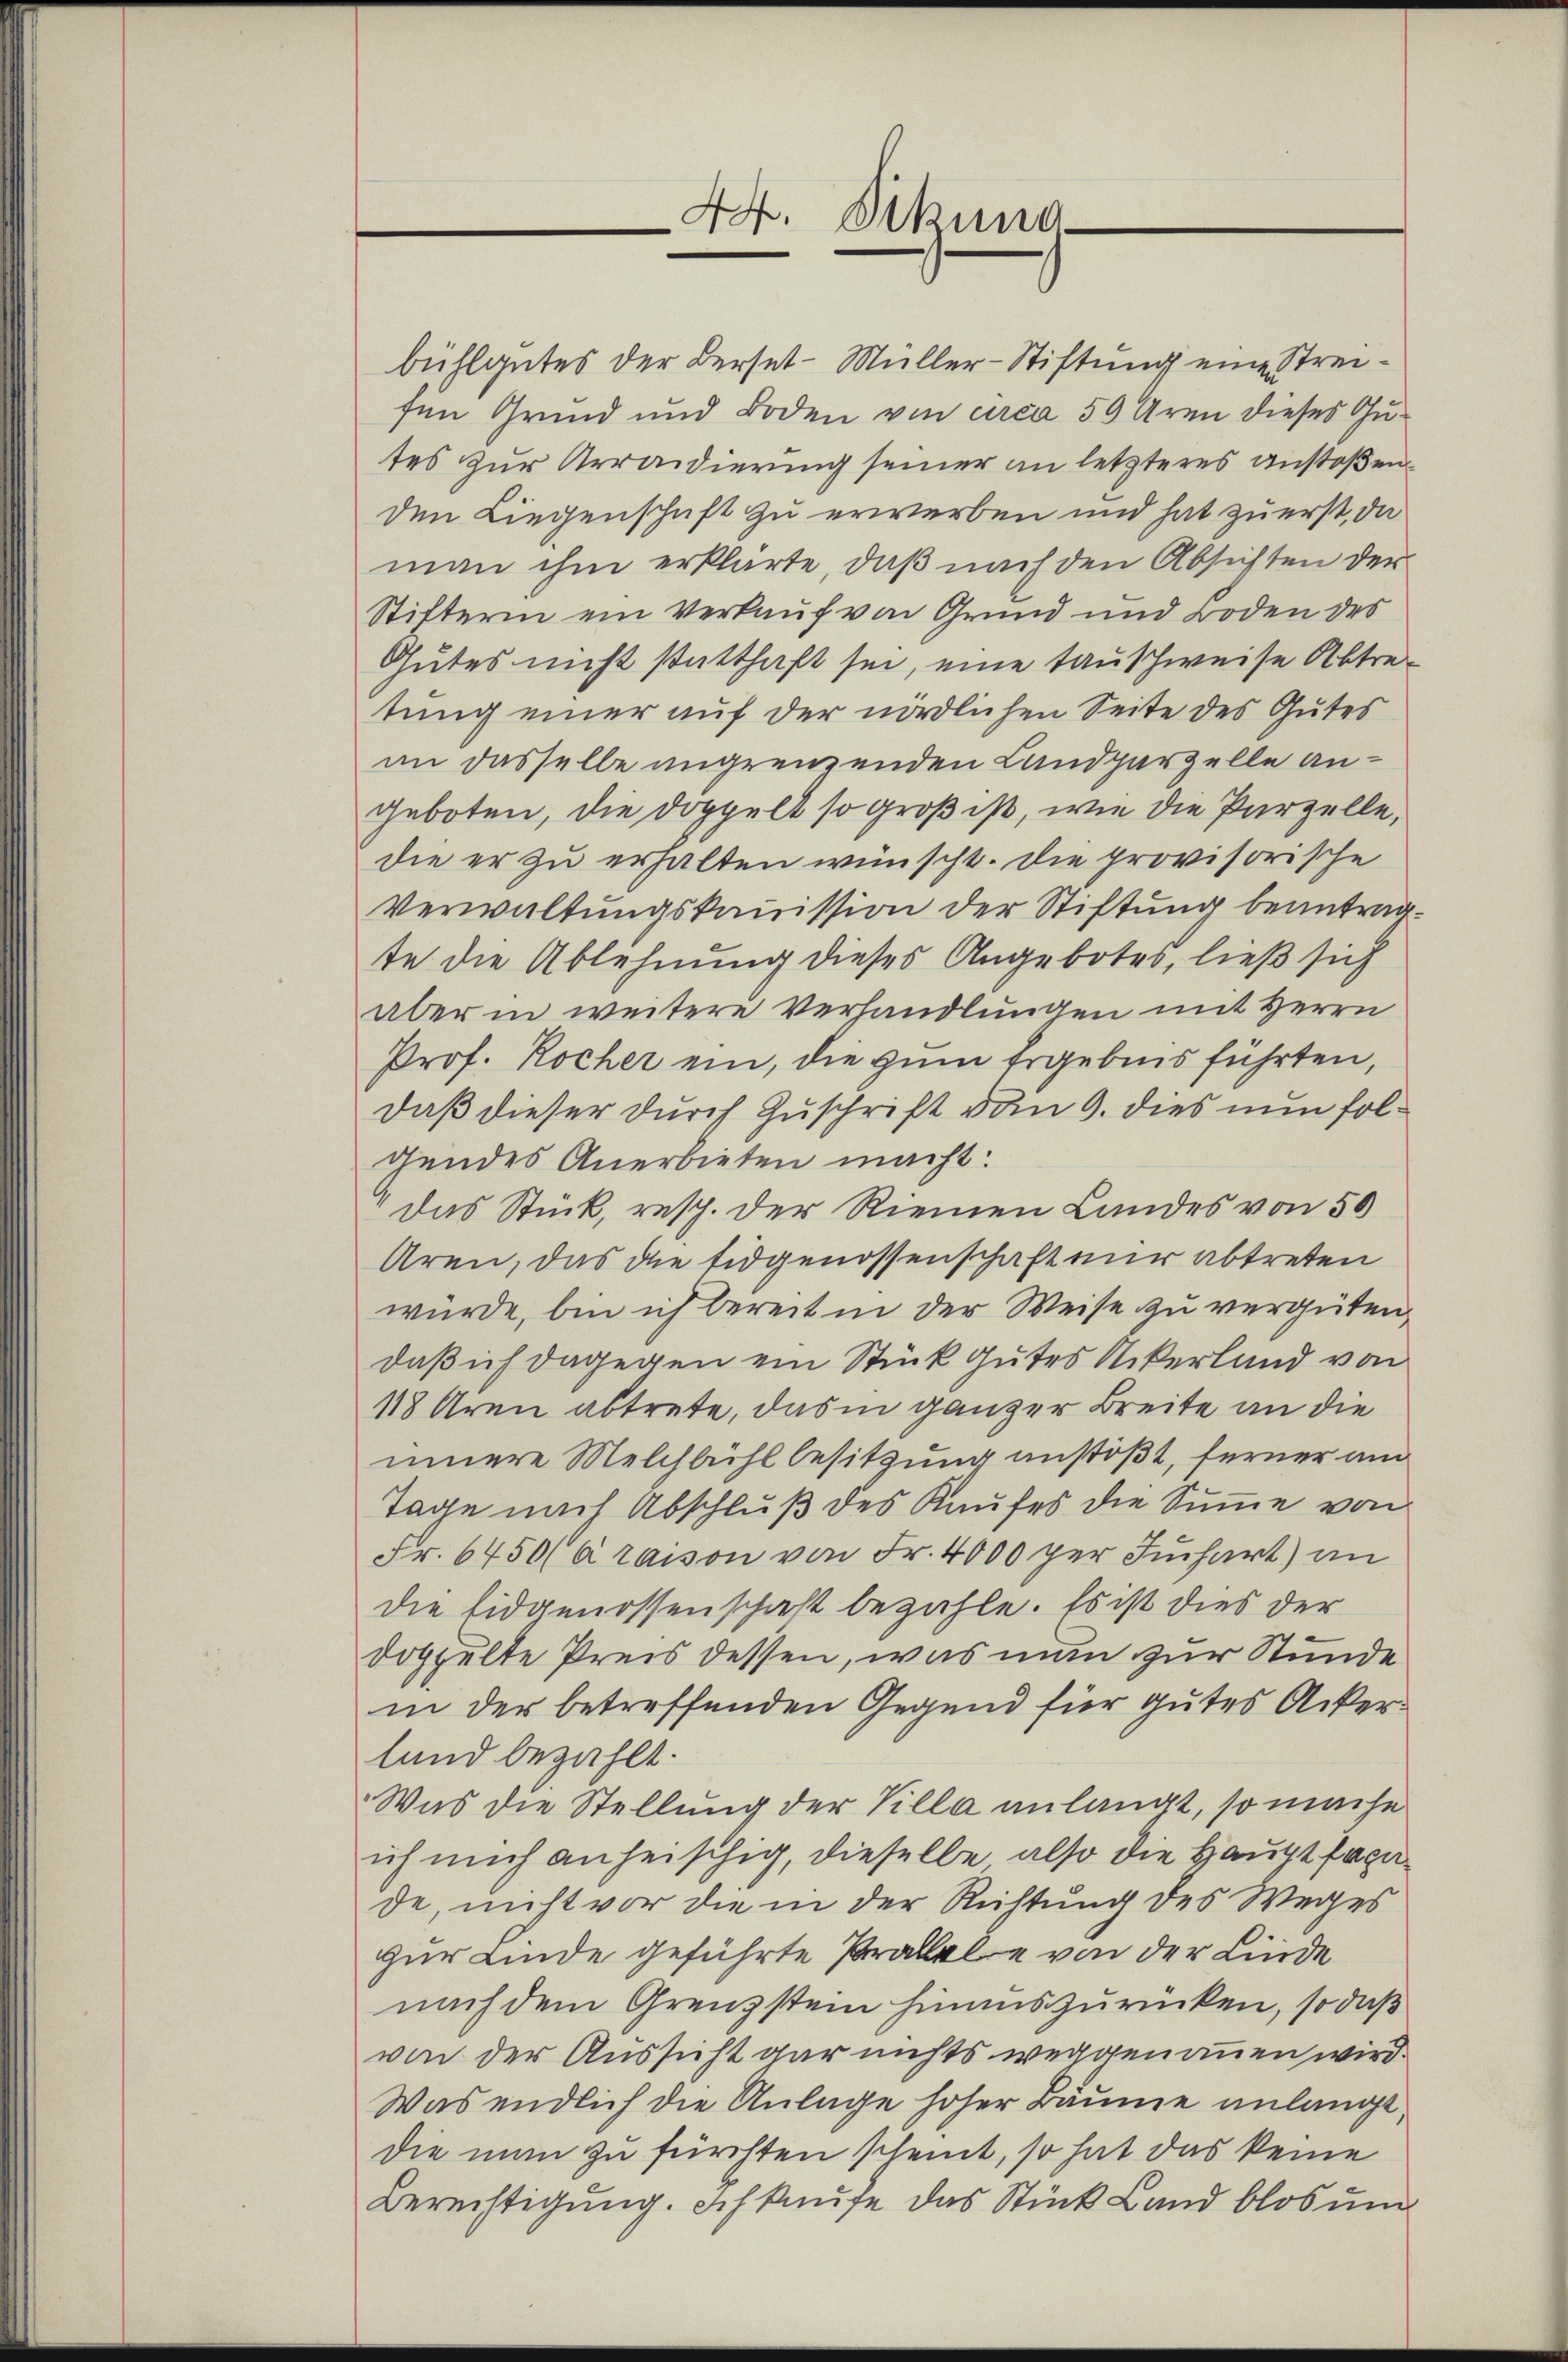
4. Dikuna

bühlgutes der Verset-Müller-Stiftung eine Streifen Grund und Boden von circa 50 Aren dieses Gutes zur Arraidierung seiner an letzteres anstoßenden Liegenschaft zu erwerben und hat zuerst, da
man ihm erklärte, daß nach den Absichten der
Stifterin ein Verkauf von Grund und Boden des
Gutes nicht statthaft sei, eine tauschweise Abtretung einer auf der nördlichen Seite des Gutes
im dasselbe angrenzenden Landparzelle angeboten, die doppelt so groß ist, wie die Parzelle,
die er zu erhalten wünscht. Die provisorische
Verwaltungskommission der Stiftung beantragte die Ablehnung dieses Angebotes, ließ sich
aber in weitere Verhandlungen mit Herrn
Prof. Kocher ein, die zum Ergebnis führten,
daß dieser durch Zuschrift vom 9. dies nun folgendes Anerbieten macht:
Das Stück, resp. der Riemen Landes von 50
Aren, das die Eidgenossenschaft mir abtreten
würde, bin ich bereit in der Weise zu vergüten,
daß ich dagegen ein Stück gutes Ackerland von
118 Aren abtrete, das in ganzer Breite an die
innere Melchbühl besitzung anstößt, ferner am
Tage nach Abschluß des Kaufes die Summe von
Fr. 6450 Araison von Fr. 4000 per Juchart) an
die Eidgenossenschaft bezahle. Es ist dies der
doppelte Preis dessen, was man zur Stunde
in der betreffenden Gegend für gutes Ackerland bezahlt.
Was die Stellung der Villa anlangt, so mache
ich mich anheischig, dieselbe also die Hauptfagade, nicht vor die in der Richtung des Weges
zur Kinde geführte Pralele von der Linde
nach dem Grenzstein hinauszurücken, so daß
von der Aussicht gar nichts weggenommen wird.
Was endlich die Anlage hoher Bäume anlangt,
Die man zu fürchten scheint, so hat das keine
Berechtigung. Ich kaufe das Stück Land blos um